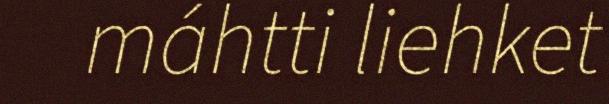
máhtti liehket